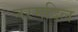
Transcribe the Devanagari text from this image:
नरमदिल